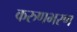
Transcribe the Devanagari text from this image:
करुणभरण